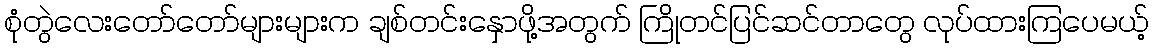
စုံတွဲလေးတော်တော်များများက ချစ်တင်းနှောဖို့အတွက် ကြိုတင်ပြင်ဆင်တာတွေ လုပ်ထားကြပေမယ့်